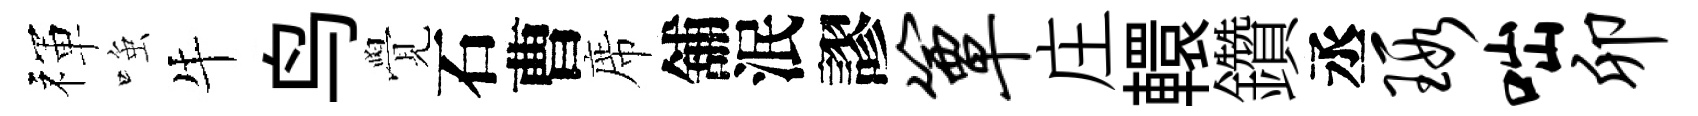
禈𫪻牛鸟覺石曹席舖泯謬簟庄轘鑽丞瑕咄卯